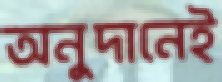
অনুদানেই